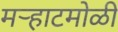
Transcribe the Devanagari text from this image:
मऱ्हाटमोळी